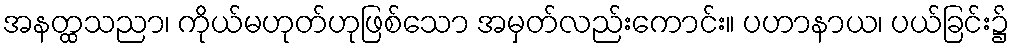
အနတ္ထသညာ၊ ကိုယ်မဟုတ်ဟုဖြစ်သော အမှတ်လည်းကောင်း။ ပဟာနာယ၊ ပယ်ခြင်း၌